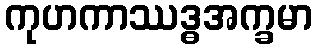
ကုဟကာဿဒ္ဓအက္ခမာ